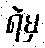
ရဲမှ